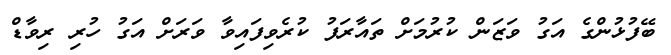
ބޭފުޅުންގެ އަގު ވަޒަން ކުރުމަށް ތައާރަފު ކުރެވިފައިވާ ވަރަށް އަގު ހުރި ރިވާޑް